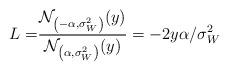
LaTeX: \begin{align*}L =& \frac{\mathcal{N}_{\left(-\alpha, \sigma^2_W\right)}(y)}{\mathcal{N}_{\left(\alpha, \sigma^2_W\right)}(y)} = -2y\alpha/\sigma^2_W\end{align*}